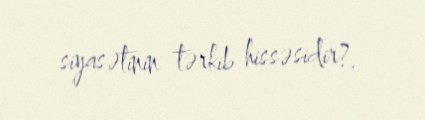
siyasətinin tərkib hissəsidir?.